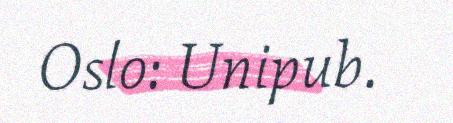
Oslo: Unipub.